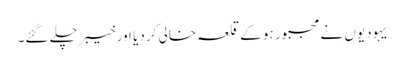
یہودیوں نے مجبور ہو کے قلعہ خالی کر دیا اور خیبر چلے گئے۔